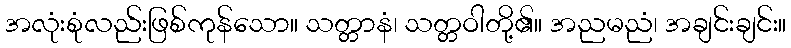
အလုံးစုံလည်းဖြစ်ကုန်သော။ သတ္တာနံ၊ သတ္တဝါတို့၏။ အညမညံ၊ အချင်းချင်း။